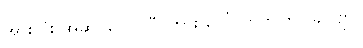
အားလုံး အဆင်ပြေပါပြီ၊ ကား ပေါ် တက်ကြပါခင်ဗျာ။